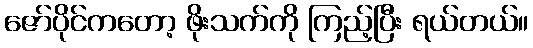
ဇော်ပိုင်ကတော့ ဖိုးသက်ကို ကြည့်ပြီး ရယ်တယ်။